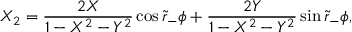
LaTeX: X _ { 2 } = { \frac { 2 X } { 1 - X ^ { 2 } - Y ^ { 2 } } } \cos \tilde { r } _ { - } \phi + { \frac { 2 Y } { 1 - X ^ { 2 } - Y ^ { 2 } } } \sin \tilde { r } _ { - } \phi ,